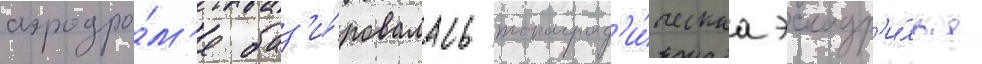
аэродро́м'е баз'и́ровалась топограф'и́ческаа эскадр'и́лья